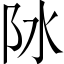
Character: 阥